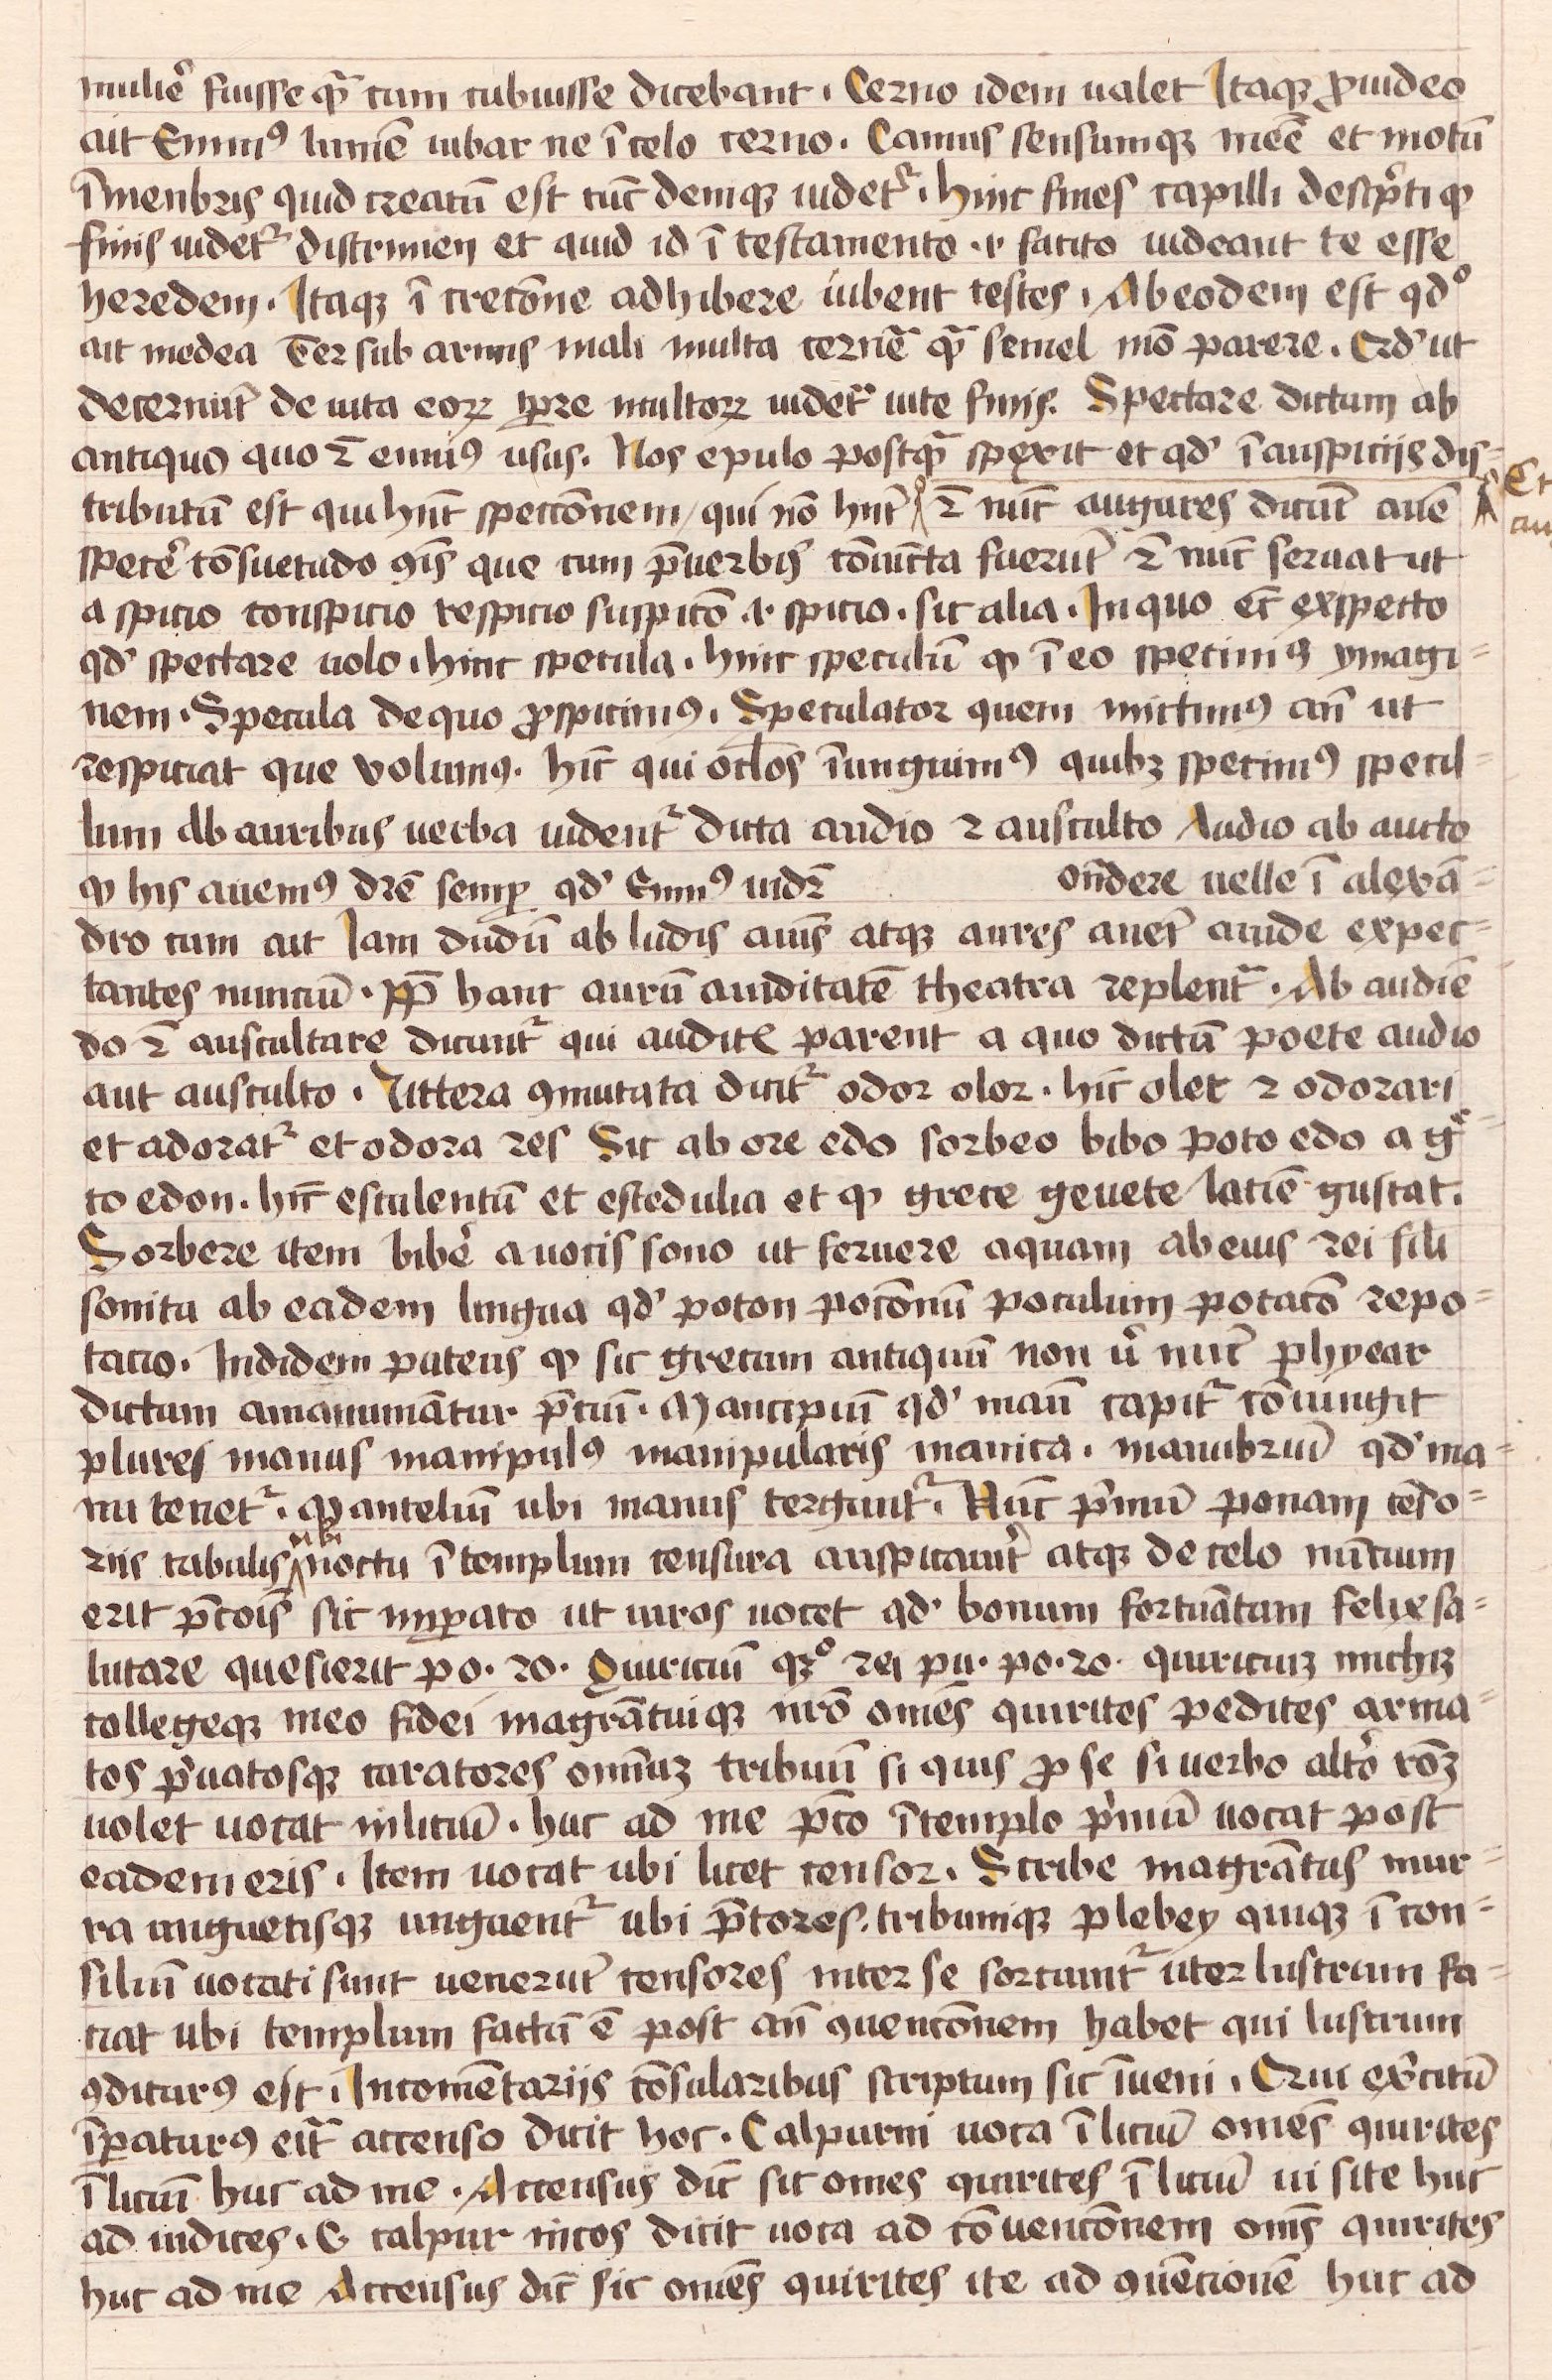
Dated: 1450–1474